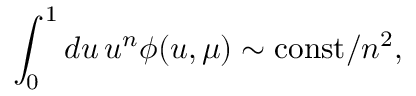
\int _ { 0 } ^ { 1 } d u \, u ^ { n } \phi ( u , \mu ) \sim \mathrm { c o n s t } / n ^ { 2 } ,